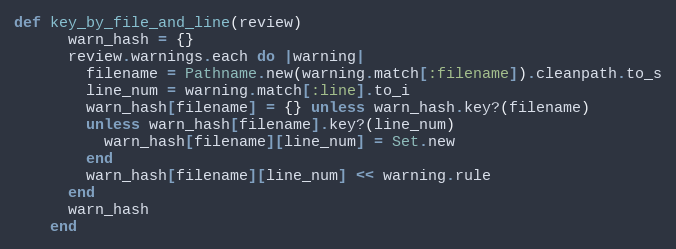
Language: Ruby
def key_by_file_and_line(review)
      warn_hash = {}
      review.warnings.each do |warning|
        filename = Pathname.new(warning.match[:filename]).cleanpath.to_s
        line_num = warning.match[:line].to_i
        warn_hash[filename] = {} unless warn_hash.key?(filename)
        unless warn_hash[filename].key?(line_num)
          warn_hash[filename][line_num] = Set.new
        end
        warn_hash[filename][line_num] << warning.rule
      end
      warn_hash
    end